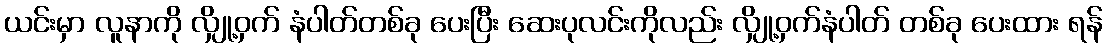
ယင်းမှာ လူနာကို လျှို့ဝှက် နံပါတ်တစ်ခု ပေးပြီး ဆေးပုလင်းကိုလည်း လျှို့ဝှက်နံပါတ် တစ်ခု ပေးထား ရန်